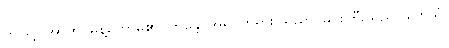
ဤသို့။ အာဟ၊ မိန့်တော်မူ၏။ ဘန္တေ၊ အရှင်ဘုရား။ ရညာ၊ မင်းကြီးသည်။ တေသံ၊